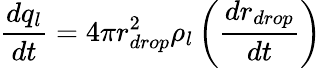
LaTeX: \frac{dq_{l}}{dt}=4\pi r_{drop}^{2}\rho_{l}\left(\frac{dr_{drop}}{dt}\right)